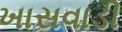
ખાસવાડી